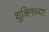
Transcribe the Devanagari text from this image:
शुश्निगच्या